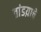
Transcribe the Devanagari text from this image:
तांडय़ाचे